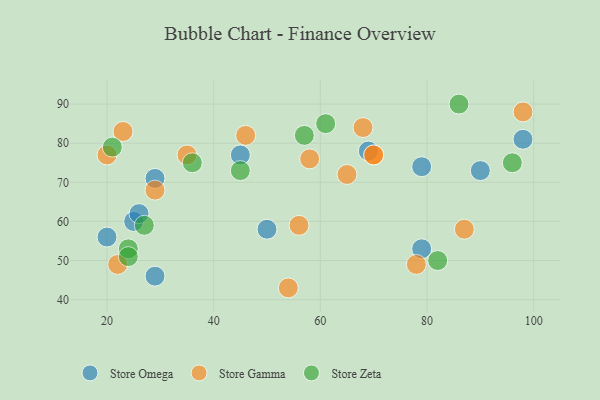
{"axis": {"x": "GDP", "y": "Life Expectancy"}, "legend": ["Store Gamma", "Store Omega", "Store Zeta"], "data": [{"x": "79", "y": 74, "type": "Store Omega"}, {"x": "29", "y": 46, "type": "Store Omega"}, {"x": "20", "y": 56, "type": "Store Omega"}, {"x": "50", "y": 58, "type": "Store Omega"}, {"x": "98", "y": 81, "type": "Store Omega"}, {"x": "79", "y": 53, "type": "Store Omega"}, {"x": "25", "y": 60, "type": "Store Omega"}, {"x": "29", "y": 71, "type": "Store Omega"}, {"x": "69", "y": 78, "type": "Store Omega"}, {"x": "45", "y": 77, "type": "Store Omega"}, {"x": "90", "y": 73, "type": "Store Omega"}, {"x": "26", "y": 62, "type": "Store Omega"}, {"x": "70", "y": 77, "type": "Store Gamma"}, {"x": "22", "y": 49, "type": "Store Gamma"}, {"x": "70", "y": 77, "type": "Store Gamma"}, {"x": "58", "y": 76, "type": "Store Gamma"}, {"x": "56", "y": 59, "type": "Store Gamma"}, {"x": "54", "y": 43, "type": "Store Gamma"}, {"x": "35", "y": 77, "type": "Store Gamma"}, {"x": "23", "y": 83, "type": "Store Gamma"}, {"x": "78", "y": 49, "type": "Store Gamma"}, {"x": "98", "y": 88, "type": "Store Gamma"}, {"x": "87", "y": 58, "type": "Store Gamma"}, {"x": "29", "y": 68, "type": "Store Gamma"}, {"x": "68", "y": 84, "type": "Store Gamma"}, {"x": "65", "y": 72, "type": "Store Gamma"}, {"x": "20", "y": 77, "type": "Store Gamma"}, {"x": "46", "y": 82, "type": "Store Gamma"}, {"x": "27", "y": 59, "type": "Store Zeta"}, {"x": "57", "y": 82, "type": "Store Zeta"}, {"x": "61", "y": 85, "type": "Store Zeta"}, {"x": "86", "y": 90, "type": "Store Zeta"}, {"x": "45", "y": 73, "type": "Store Zeta"}, {"x": "82", "y": 50, "type": "Store Zeta"}, {"x": "24", "y": 53, "type": "Store Zeta"}, {"x": "96", "y": 75, "type": "Store Zeta"}, {"x": "21", "y": 79, "type": "Store Zeta"}, {"x": "36", "y": 75, "type": "Store Zeta"}, {"x": "24", "y": 51, "type": "Store Zeta"}]}